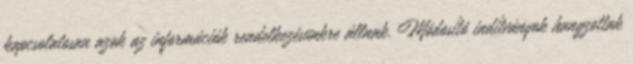
kapcsolatosan azok az információk rendelkezésünkre állnak. Módosító indítványok hangzottak